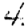
Digit: 4